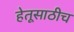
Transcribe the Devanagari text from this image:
हेतूसाठीच